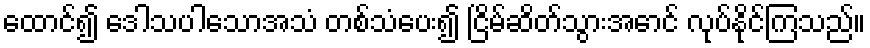
ထောင်၍ ဒေါသပါသောအသံ တစ်သံပေး၍ ငြိမ်ဆိတ်သွားအောင် လုပ်နိုင်ကြသည်။